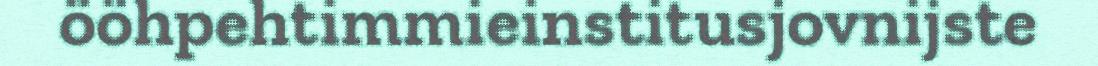
ööhpehtimmieinstitusjovnijste